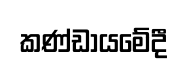
කණ්ඩායමේදී